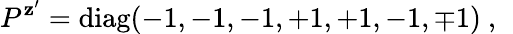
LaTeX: P^{\mathbf{z}^{\prime}}=\mathrm{{diag}}(-1,-1,-1,+1,+1,-1,\mp1)~,~\,